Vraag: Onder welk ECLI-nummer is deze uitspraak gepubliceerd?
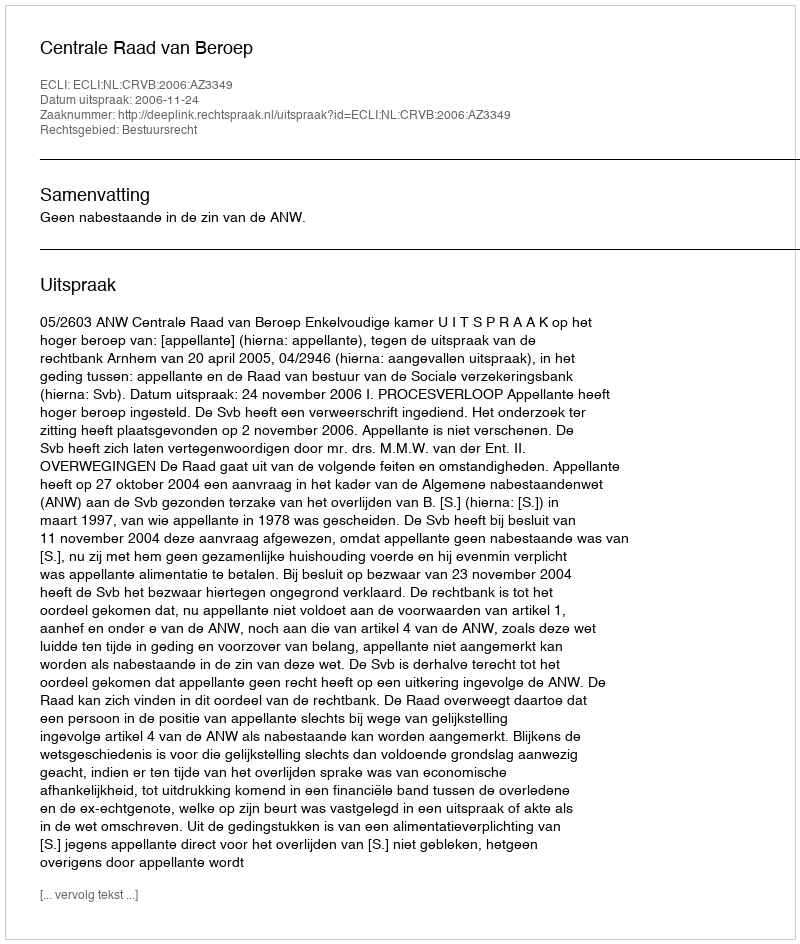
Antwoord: ECLI:NL:CRVB:2006:AZ3349